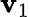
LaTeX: \boldsymbol{\mathbf{v}}_{1}